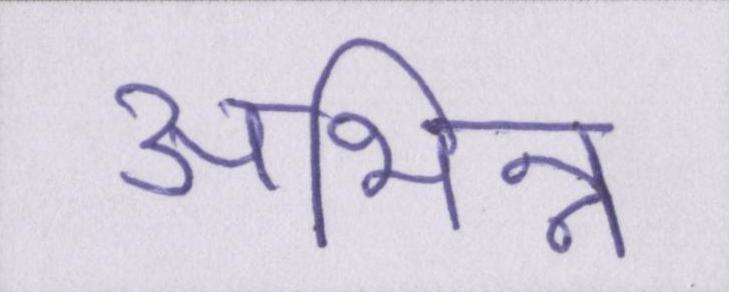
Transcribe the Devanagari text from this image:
अभिन्न